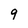
Character: 9